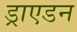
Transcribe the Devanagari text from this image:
ड्राएडन